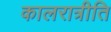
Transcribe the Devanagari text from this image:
कालरात्रीति